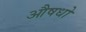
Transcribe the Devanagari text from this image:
औषधो